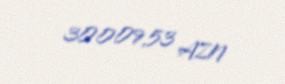
30009,53 AZN